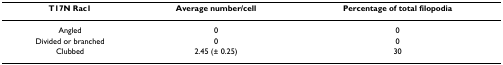
<table><thead><tr><td><b>T17N Rac1</b></td><td><b>Average number/cell</b></td><td><b>Percentage of total filopodia</b></td></tr></thead><tbody><tr><td>Angled</td><td>0</td><td>0</td></tr><tr><td>Divided or branched</td><td>0</td><td>0</td></tr><tr><td>Clubbed</td><td>2.45 (± 0.25)</td><td>30</td></tr></tbody></table>